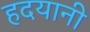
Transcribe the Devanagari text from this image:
हदयानी